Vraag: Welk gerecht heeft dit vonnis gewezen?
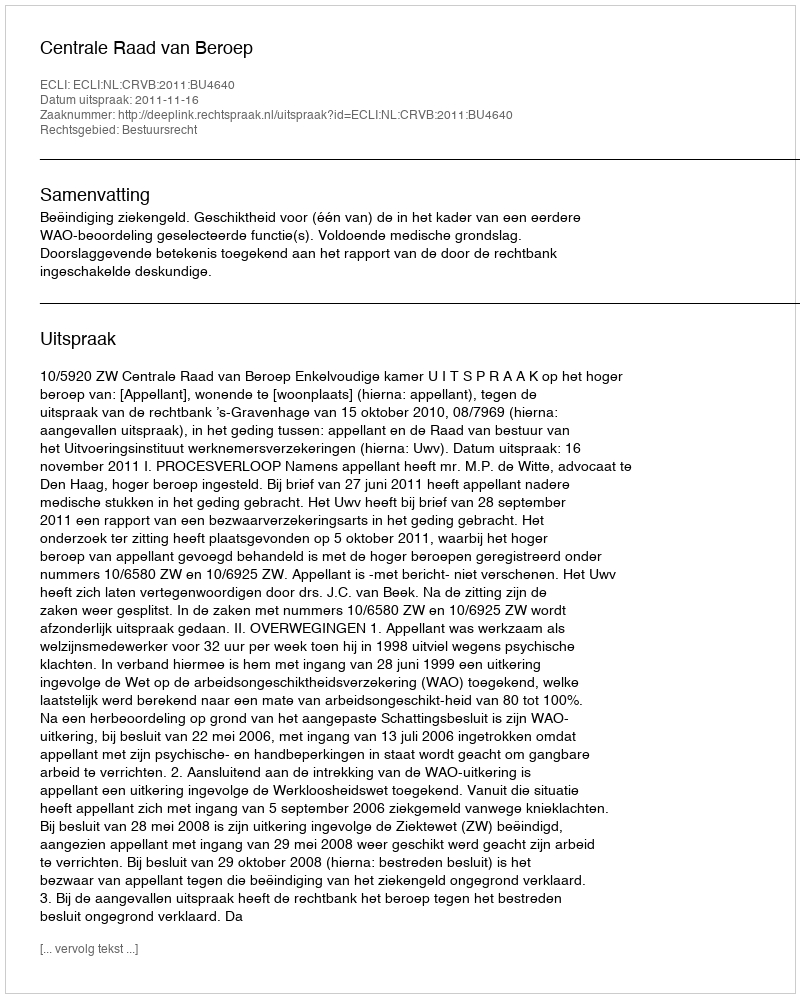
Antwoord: Centrale Raad van Beroep